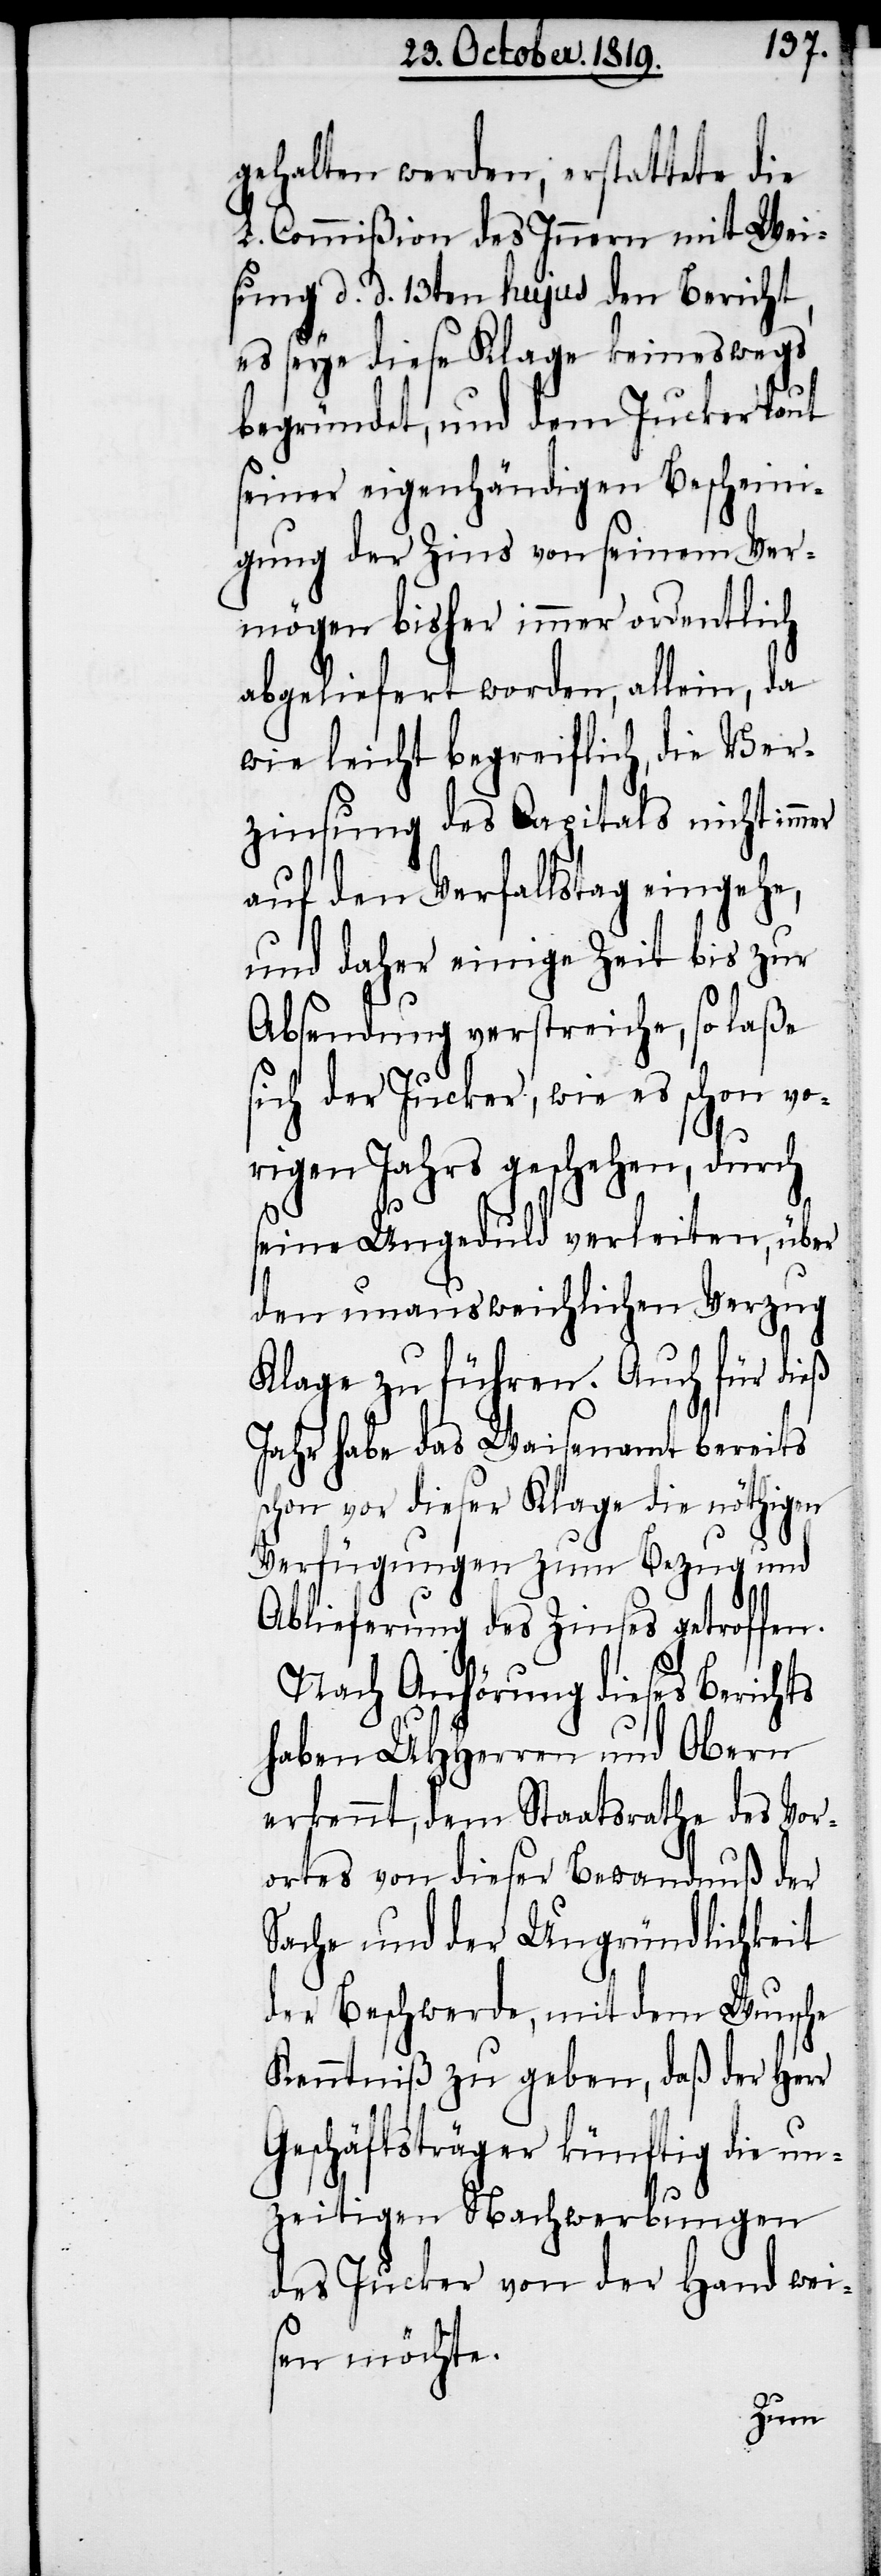
gehalten werden, erstattete die
L. Commißion des Innern mit Wei¬
sung d. d. 13ten hujus den Bericht,
es seye diese Klage keineswegs
begründet, und dem Jucker laut
seiner eigenhändigen Bescheini¬
gung der Zins von seinem Ver¬
mögen bisher immer ordentlich
abgeliefert worden, allein, da
wie leicht begreiflich, die Ver¬
zinsung des Capitals nicht im¬
auf den Verfallstag eingehe,
und daher einige Zeit bis zur
mer
Absendung verstreiche, so laße
sich der Jucker, wie es schon vo¬
rigen Jahrs geschehen, durch
seine Ungeduld verleiten über
den unausweichlichen Verzug
Klage zu führen. Auch für dieß
Jahr habe das Waisenamt bereits
schon vor dieser Klage die nöthigen
Verfügungen zum Bezug und
Ablieferung des Zinses getroffen.
Nach Anhörung dieses Berichts
haben UHHerren und Obern
erkennt, dem Staatsrathe des Vor¬
ortes von dieser Bewandnuß der
Sache und der Ungründlichkeit
der Beschwerde, mit dem Wunsche
Kenntniß zu geben, daß der Herr
Geschäftsträger künftig die un¬
zeitigen Nachwerbungen
des Jucker von der Hand wei¬
sen möchte.